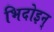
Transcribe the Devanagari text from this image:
भिदोइन्